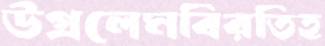
উগ্‌রলেমবিরতিহ